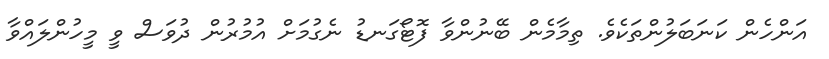
އަންހެން ކަނަބަލުންތަކެވެ. ތިމާމެން ބޭނުންވާ ފޮޓޯގަނޑު ނެގުމަށް އުމުރުން ދުވަސް ވީ މީހުންލައްވާ